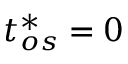
t _ { o s } ^ { * } = 0